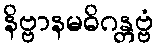
နိဗ္ဗာနမဓိဂန္တဗ္ဗံ